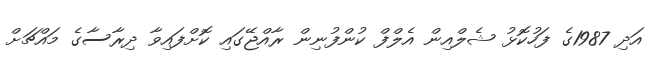
އަދި 1987ގެ ފަހުކޮޅު ޝެލްއިން އެލްފް ކުންފުނިން ރާއްޖޭގައި ކޮށްފައިވާ ދިރާސާގެ މައްޗަށް